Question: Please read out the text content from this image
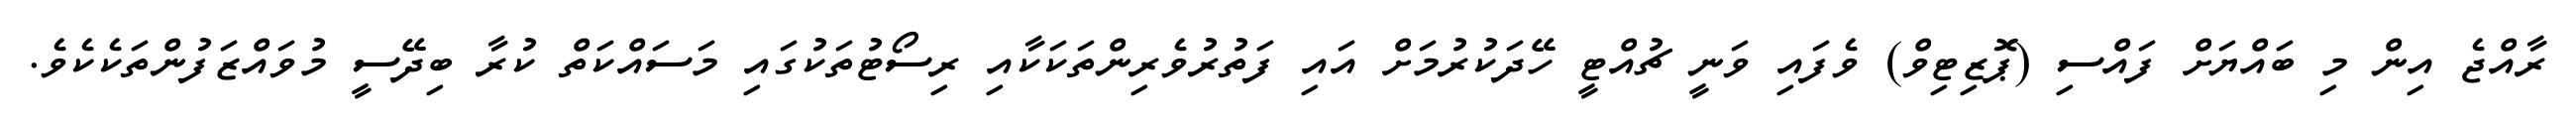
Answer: ރާއްޖެ އިން މި ބައްޔަށް ފައްސި (ޕޮޒިޓިވް) ވެފައި ވަނީ ޗުއްޓީ ހޭދަކުރުމަށް އައި ފަތުރުވެރިންތަކަކާއި ރިސޯޓުތަކުގައި މަސައްކަތް ކުރާ ބިދޭސީ މުވައްޒަފުންތަކެކެވެ.